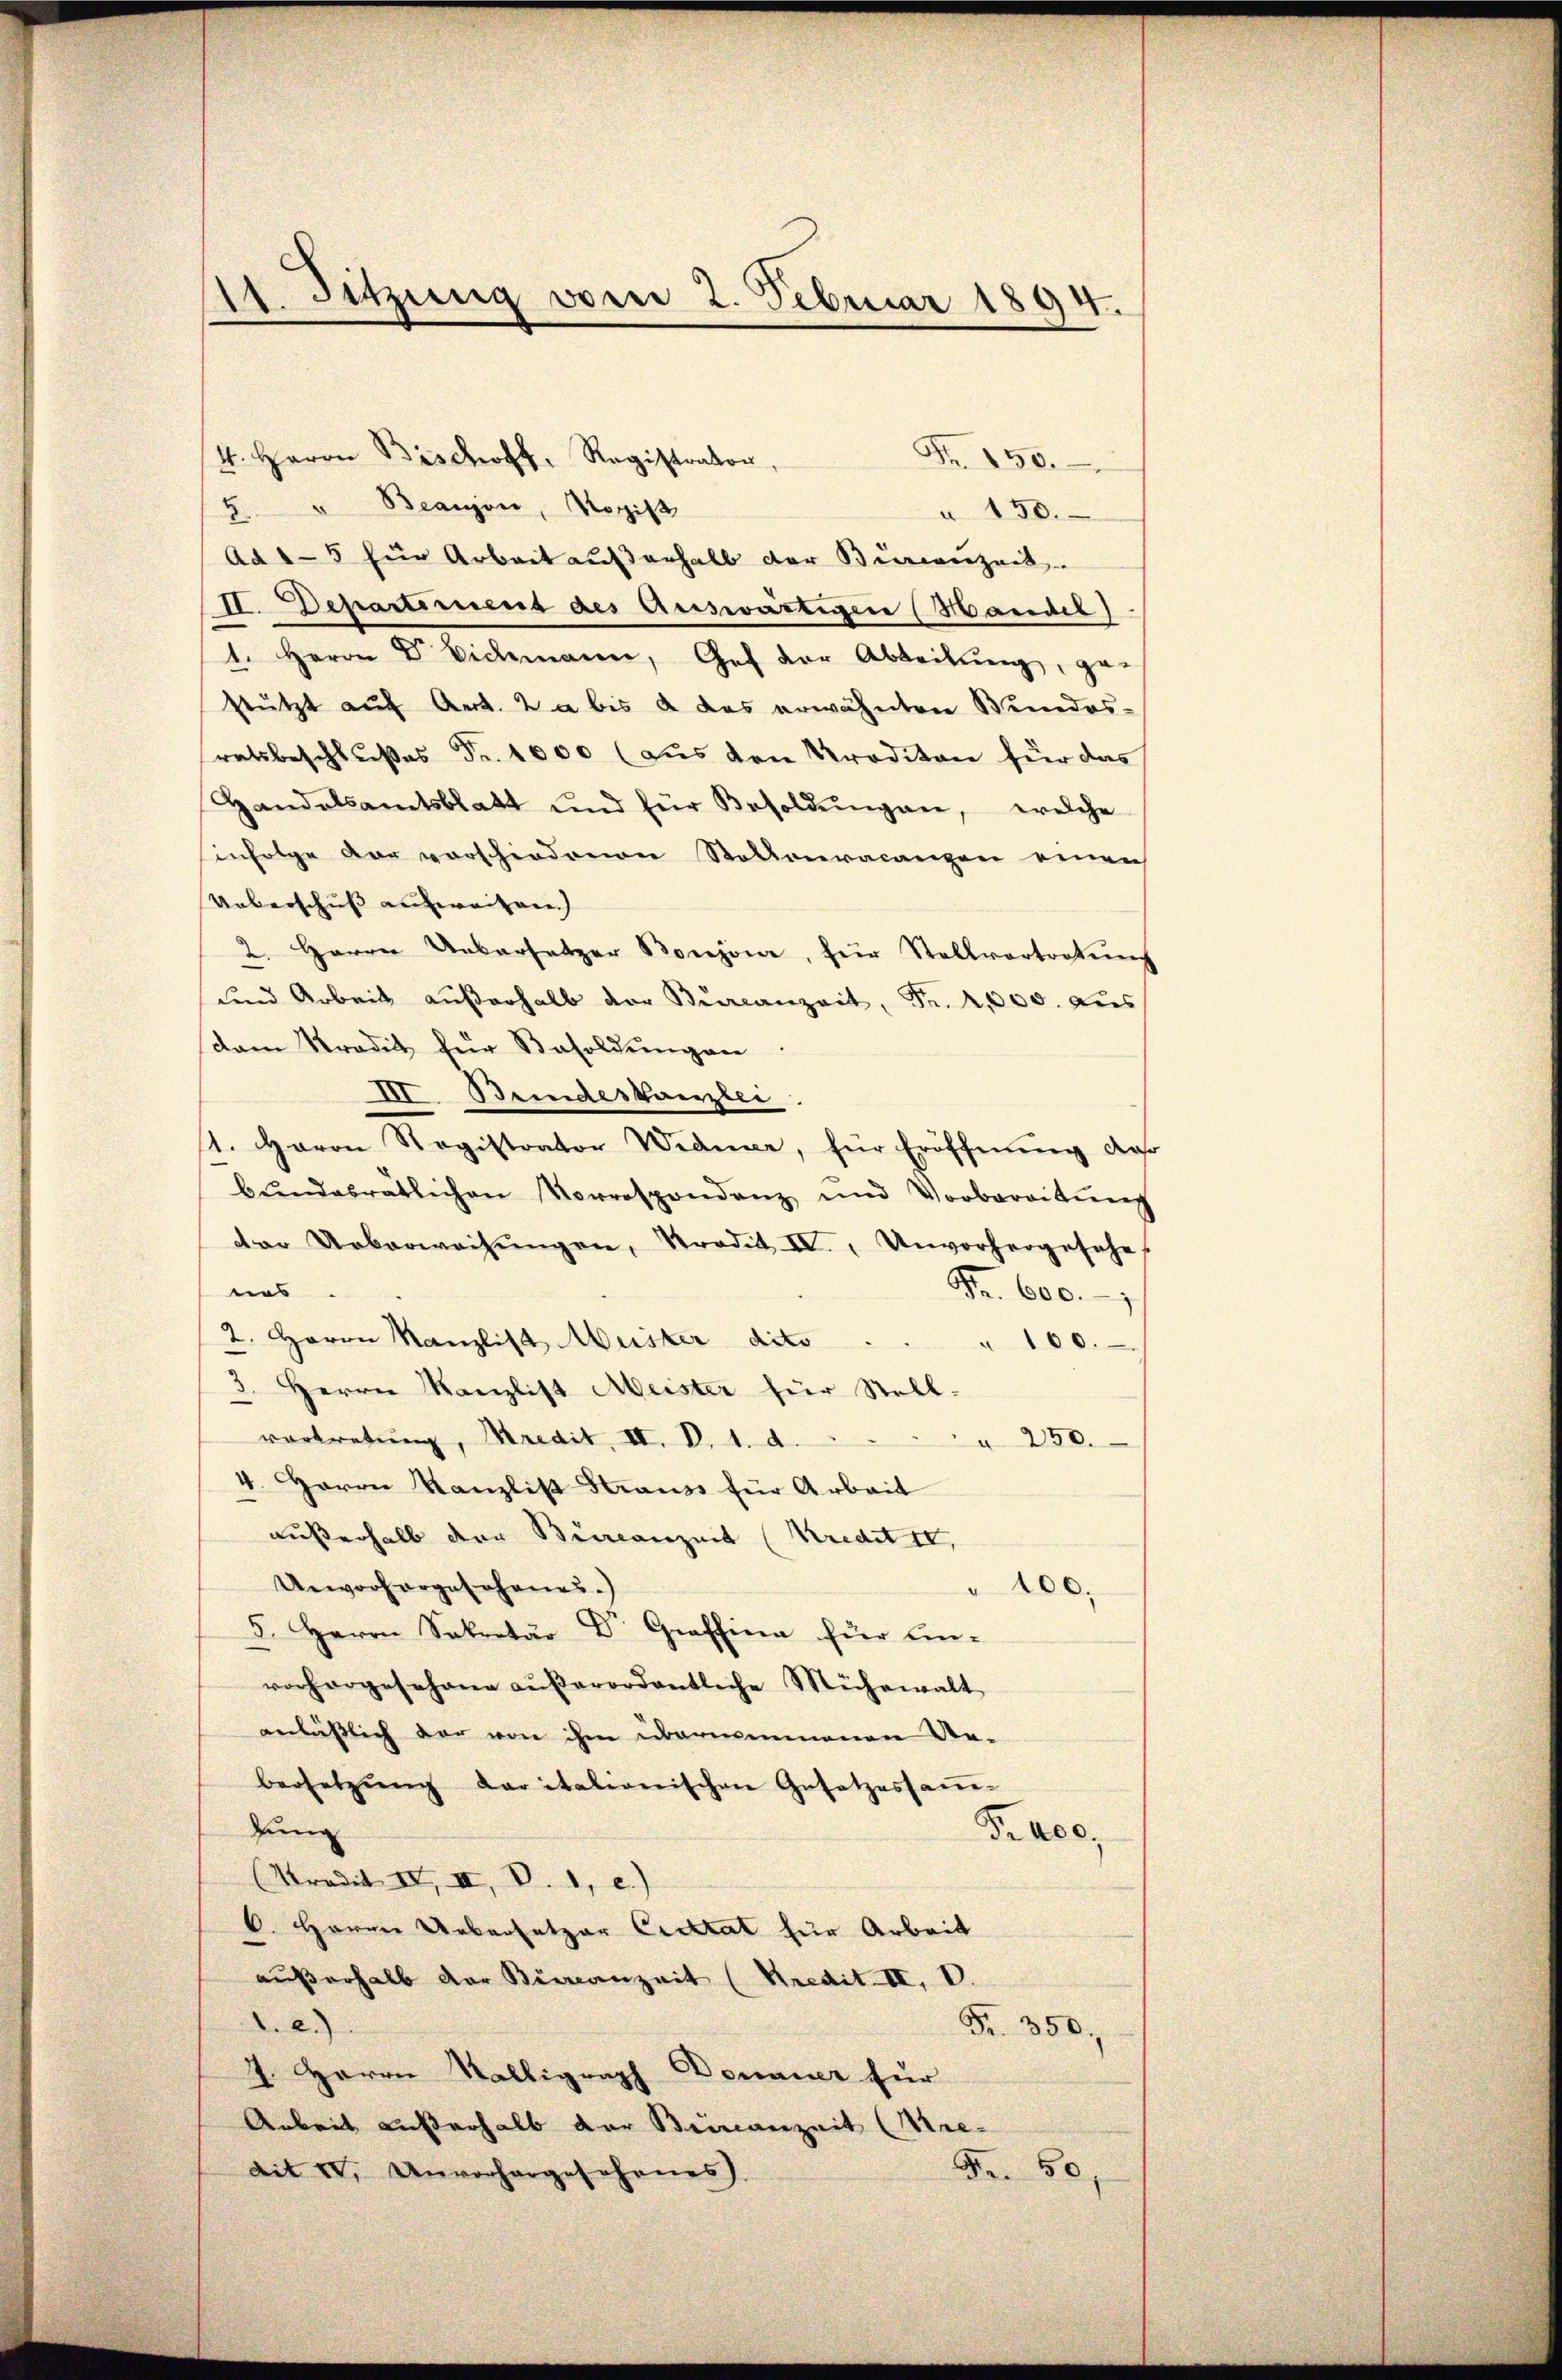
11. Sitzung vom 2. Februar 1894.

4. Herrn Bischoff, Registration,
" Beanjon, Regist
" 150.
2
Ad 1-5 für Arbeit aŭβerhalb der Büreauzeit.
II. Departirend des Auswärtigen (Mandel)
1. Herrn Dr. Videmann, Gef der Ableitung, ge-
stützt auf Art. 2 a bis & das erwähnten Bundes-
ratsbeschlußes Fr. 1000 (aus den Proditon für das
Handelsamtsblatt und für Besoldŭngen, welche
infolge der vorschiedenen Stationvacanzen einen
Ueberschuss aufweiten.) |
2. Herrn Uebersetzer Bonzona, für Stellvortretung
und Arbeit außerhalb der Burcanzeit, Fr. 2,000. aus
dam Tradit für Besoldungen
III. Bundeskanzlei.
1. Haron Registrator Widmer, für Eröffnung daß
bŭndesrätlichen Vorrespondenz und Vorbereitŭng
car Ueberweisŭngen, Tradit IV., Unvorhergesehe
uns
Fr. 600.
2. Herrn Kanzlist Meister dito . . . 100.
3. Herrn Kanzlist Meister für Stell-
vortretung, Kredit, II. V. 1. d.
" 250.
4. Herrn Kanzlist Strauss für Arbeit
außerhalb der Biccanzeit (Kredit II,
Ueworfergesehenes.)
" 100.
5. Herrn Sekretär Dr. Graffina für Ein-
vorhergesehene aŭβerordentliche Mühewalt
anläßlich der von ihm übernommenen An-
bersetzŭng daritalionischen Gesetzessamm-
Zung
Fr. 400.
(Kredit II, II, V. 1, c.)
6. Herrn Uebersetzer Cicktat für Arbeit
außerhalb der Büreanzeit (Kredit. II, D.
1. 2.)
Fr. 350,
4. Herrn Walligraph Donauer für
Arbeit außerhalb der Brincanzeit (Are-
Fr. 50,
dit IV, Unvorhergesehenes

Fr. 150.